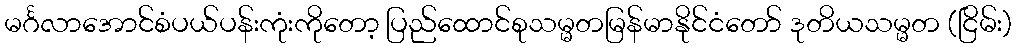
မင်္ဂလာအောင်စံပယ်ပန်းကုံးကိုတော့ ပြည်ထောင်စုသမ္မတမြန်မာနိုင်ငံတော် ဒုတိယသမ္မတ (ငြိမ်း)